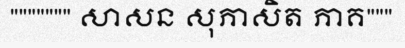
""""""" សាសន សុភាសិត ភាគ"""